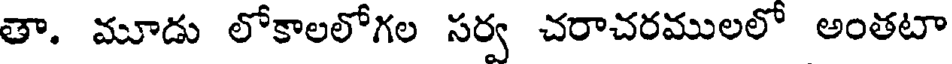
తా. మూడు లోకాలలోగల సర్వ చరాచరములలో అంతటా